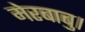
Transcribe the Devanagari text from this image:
मेरबाबु।